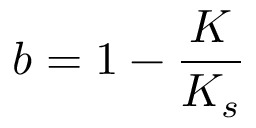
b = 1 - \frac { K } { K _ { s } }